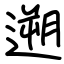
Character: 遡